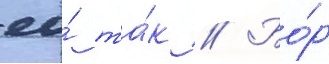
ео́ та́к // Бо́р